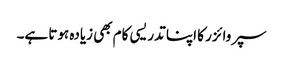
سپروائزر کا اپنا تدریسی کام بھی زیادہ ہوتا ہے۔